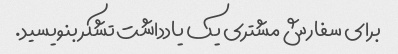
برای سفارش مشتری یک یادداشت تشکر بنویسید.